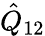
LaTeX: \hat{Q}_{12}